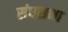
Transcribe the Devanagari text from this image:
संघसभा